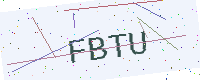
Text: FBTU